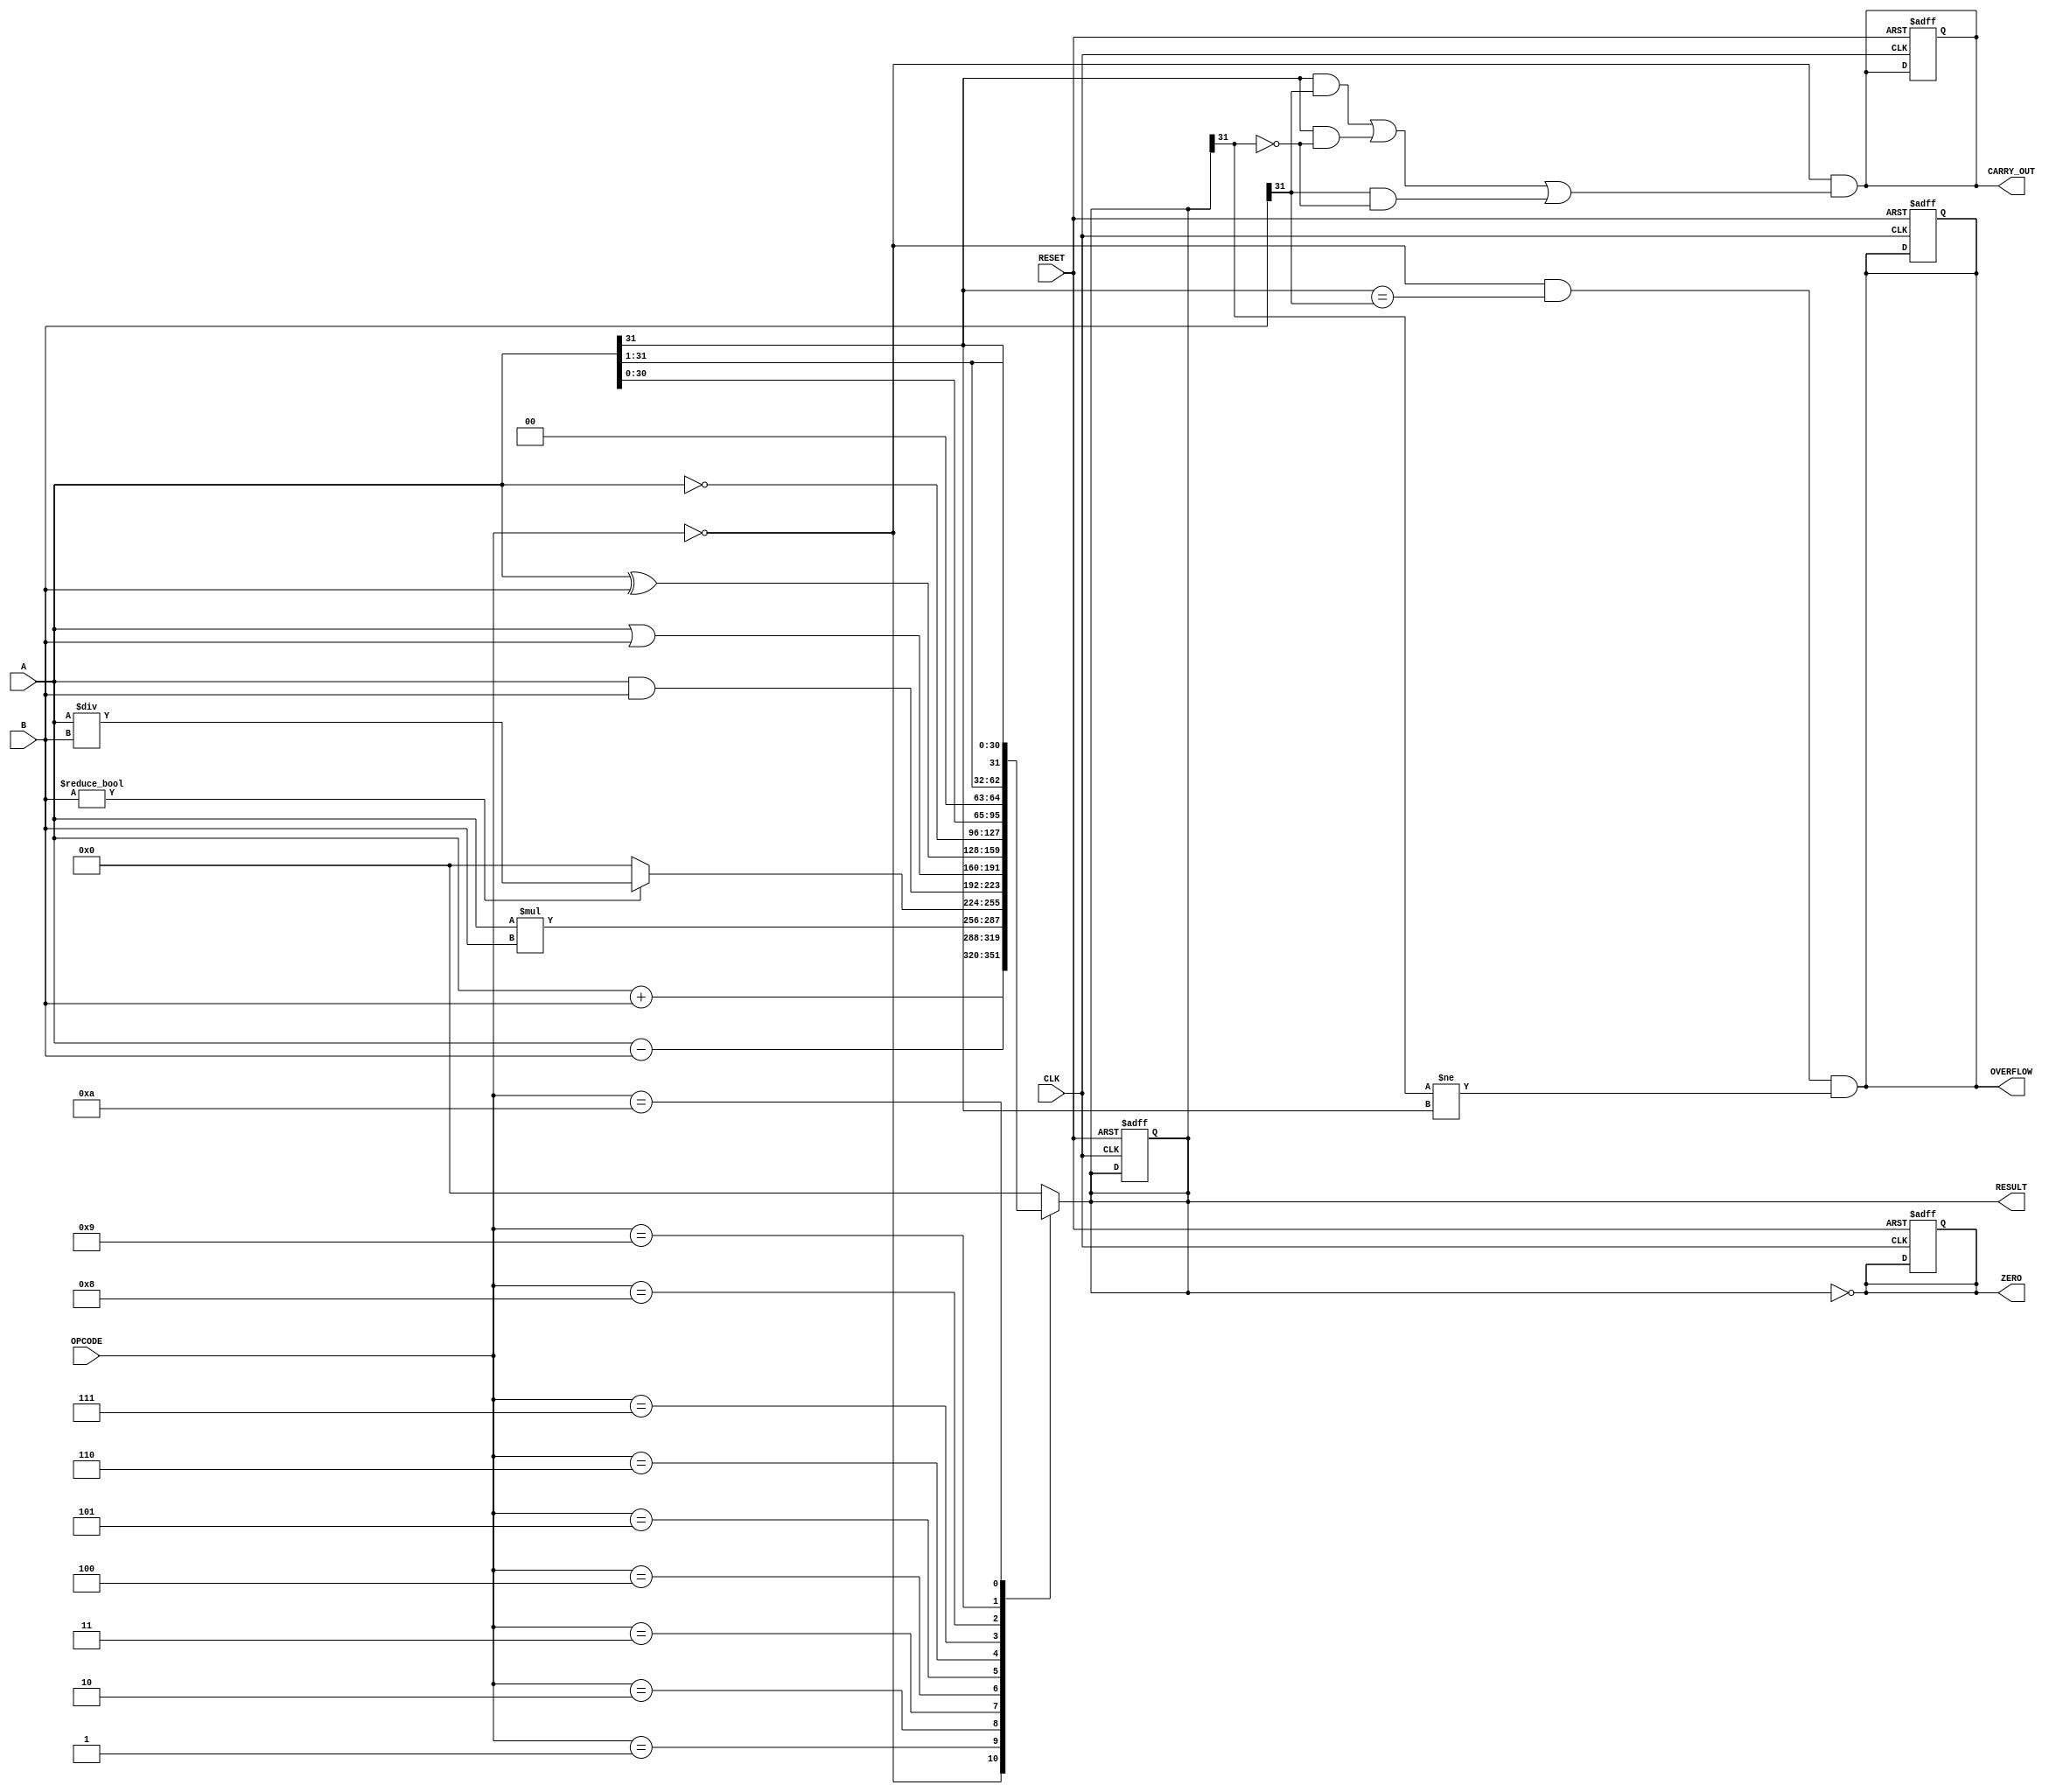
module ParameterizedALU #(
    parameter DATA_WIDTH = 32 // Default data width
)(
    input  wire [DATA_WIDTH-1:0] A,        // First operand
    input  wire [DATA_WIDTH-1:0] B,        // Second operand
    input  wire [3:0] OPCODE,               // Operation code
    input  wire CLK,                        // Clock signal
    input  wire RESET,                      // Asynchronous reset
    output reg [DATA_WIDTH-1:0] RESULT,    // Result of the operation
    output reg ZERO,                        // Zero flag
    output reg OVERFLOW,                    // Overflow flag
    output reg CARRY_OUT                    // Carry out flag
);

    // Internal signals
    wire [DATA_WIDTH-1:0] add_result;
    wire [DATA_WIDTH-1:0] sub_result;
    wire [DATA_WIDTH-1:0] mul_result;
    wire [DATA_WIDTH-1:0] div_result;
    wire [DATA_WIDTH-1:0] and_result;
    wire [DATA_WIDTH-1:0] or_result;
    wire [DATA_WIDTH-1:0] xor_result;
    wire [DATA_WIDTH-1:0] not_result;
    wire [DATA_WIDTH-1:0] shift_left_result;
    wire [DATA_WIDTH-1:0] shift_right_result;
    wire [DATA_WIDTH-1:0] arith_shift_right_result;

    // Arithmetic operations
    assign add_result = A + B;
    assign sub_result = A - B;
    assign mul_result = A * B;
    assign div_result = (B != 0) ? (A / B) : {DATA_WIDTH{1'b0}}; // Avoid division by zero

    // Logic operations
    assign and_result = A & B;
    assign or_result  = A | B;
    assign xor_result = A ^ B;
    assign not_result = ~A;

    // Shift operations
    assign shift_left_result = A << 1;
    assign shift_right_result = A >> 1;
    assign arith_shift_right_result = $signed(A) >>> 1;

    // Combinational logic for selecting the operation based on OPCODE
    always @(*) begin
        case (OPCODE)
            4'b0000: RESULT = add_result; // Addition
            4'b0001: RESULT = sub_result; // Subtraction
            4'b0010: RESULT = mul_result; // Multiplication
            4'b0011: RESULT = div_result; // Division
            4'b0100: RESULT = and_result;  // AND
            4'b0101: RESULT = or_result;   // OR
            4'b0110: RESULT = xor_result;  // XOR
            4'b0111: RESULT = not_result;  // NOT
            4'b1000: RESULT = shift_left_result; // Logical Shift Left
            4'b1001: RESULT = shift_right_result; // Logical Shift Right
            4'b1010: RESULT = arith_shift_right_result; // Arithmetic Shift Right
            default: RESULT = {DATA_WIDTH{1'b0}}; // Default case
        endcase
    end

    // Flags logic
    always @(*) begin
        ZERO = (RESULT == 0);
        OVERFLOW = (OPCODE == 4'b0000 && (A[DATA_WIDTH-1] == B[DATA_WIDTH-1]) && (RESULT[DATA_WIDTH-1] != A[DATA_WIDTH-1])); // Overflow for addition
        CARRY_OUT = (OPCODE == 4'b0000 && (A[DATA_WIDTH-1] & B[DATA_WIDTH-1]) | (A[DATA_WIDTH-1] & ~RESULT[DATA_WIDTH-1]) | (B[DATA_WIDTH-1] & ~RESULT[DATA_WIDTH-1])); // Carry out for addition
    end

    // Synchronous operation
    always @(posedge CLK or posedge RESET) begin
        if (RESET) begin
            RESULT <= {DATA_WIDTH{1'b0}};
            ZERO <= 1'b0;
            OVERFLOW <= 1'b0;
            CARRY_OUT <= 1'b0;
        end else begin
            // Flags are updated in combinational logic
        end
    end

endmodule